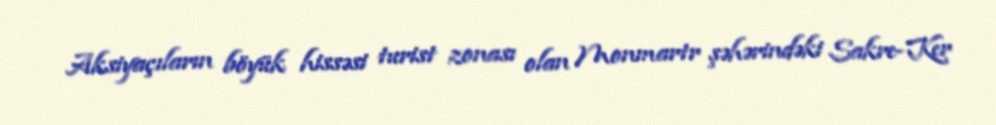
Aksiyaçıların böyük hissəsi turist zonası olan Monmartr şəhərindəki Sakre-Ker